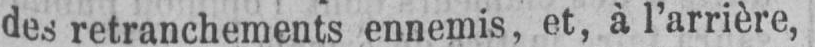
des retranchements ennemis, et, à l’arrière,